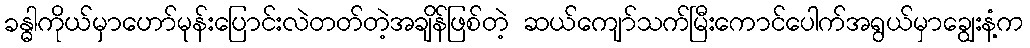
ခန္ဓါကိုယ်မှာဟော်မုန်းပြောင်းလဲတတ်တဲ့အချိန်ဖြစ်တဲ့ ဆယ်ကျော်သက်မြီးကောင်ပေါက်အရွယ်မှာချွေးနံ့က